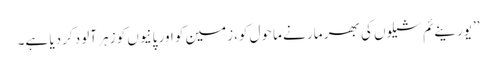
’’یورینےئم شیلوں کی بھر مار نے ماحول کو،زمین کو اور پانیوں کو زہر آلود کردیا ہے۔